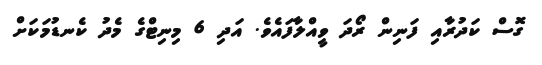
ގޮސް ކަދުރާއި ފަނިން ރޯދަ ވީއްލާފައެވެ. އަދި 6 މިނިޓްގެ މެދު ކެނޑުމަކަށް